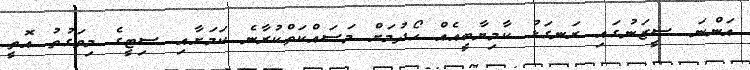
އަންނަ ސީޒަނުގައި ރަނގަޅު ކާމިޔާބީއެއް ހޯދުމަށް މަސައްކަތްކުރާނެ ކަމަށާއި ސިޓީގެ މިވަގުތު އޮތީ